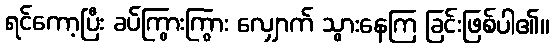
ရင်ကော့ပြီး ခပ်ကြွားကြွား လျှောက် သွားနေကြ ခြင်းဖြစ်ပါ၏။